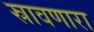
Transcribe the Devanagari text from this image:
स्रावणारा